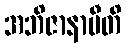
အဘိဇာနာမီတိ